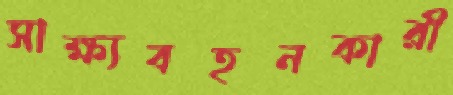
সাক্ষ্যবহনকারী